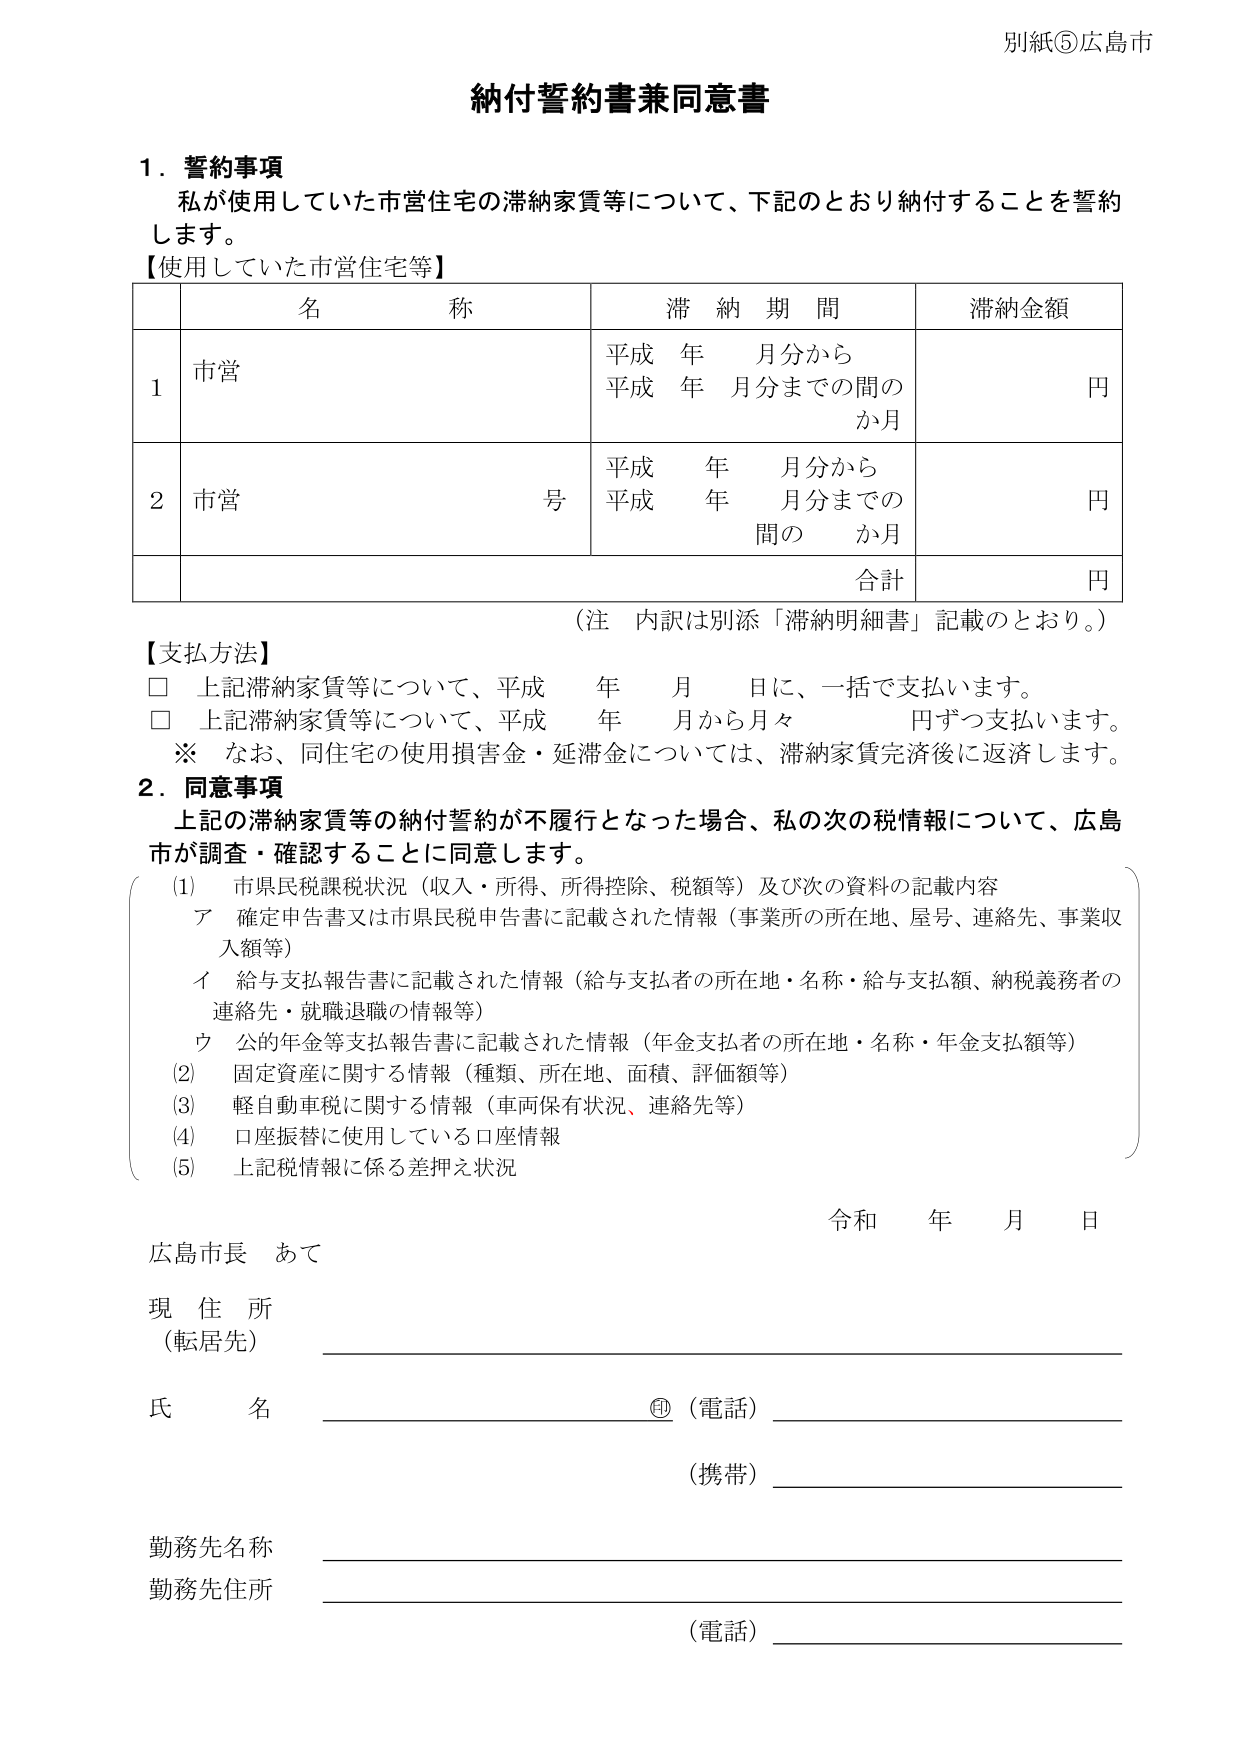
別紙⑤広島市

納付誓約書兼同意書

１．誓約事項
私が使用していた市営住宅の滞納家賃等について、下記のとおり納付することを誓約します。

【使用していた市営住宅等】
| | 名称 | 滞納期間 | 滞納金額 |
|---|---|---|---|
| 1 | 市営 | 平成 年 月分から<br>平成 年 月分までの間の<br>か月 | 円 |
| 2 | 市営 号 | 平成 年 月分から<br>平成 年 月分までの<br>間の か月 | 円 |
| | | 合計 | 円 |

（注 内訳は別添「滞納明細書」記載のとおり。）

【支払方法】
□ 上記滞納家賃等について、平成 年 月 日に、一括で支払います。
□ 上記滞納家賃等について、平成 年 月から月々 円ずつ支払います。
※ なお、同住宅の使用損害金・延滞金については、滞納家賃完済後に返済します。

２．同意事項
上記の滞納家賃等の納付誓約が不履行となった場合、私の次の税情報について、広島市が調査・確認することに同意します。

(1) 市県民税課税状況（収入・所得、所得控除、税額等）及び次の資料の記載内容
　ア 確定申告書又は市県民税申告書に記載された情報（事業所の所在地、屋号、連絡先、事業収入額等）
　イ 給与支払報告書に記載された情報（給与支払者の所在地・名称・給与支払額、納税義務者の連絡先・就職退職の情報等）
　ウ 公的年金等支払報告書に記載された情報（年金支払者の所在地・名称・年金支払額等）
(2) 固定資産に関する情報（種類、所在地、面積、評価額等）
(3) 軽自動車税に関する情報（車両保有状況、連絡先等）
(4) 口座振替に使用している口座情報
(5) 上記税情報に係る差押え状況

令和 年 月 日

広島市長 あて

現住所<br>（転居先）<br>_________________________

氏名 _________________________ ㊞（電話）_________________________

（携帯）_________________________

勤務先名称 _________________________<br>勤務先住所 _________________________<br>（電話）_________________________